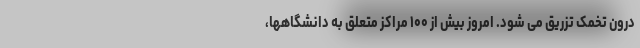
درون تخمک تزریق می شود. امروز بیش از ۱۰۰ مراکز متعلق به دانشگاهها،